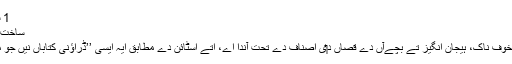
1 ساخت تے صنف
ساخت تے صنف[لکھو]
گوزبمپس سلسلہ خوف ناک، ہیجان انگیز تے بچّےآں دے قّصاں د‏‏ی اصناف دے تحت آندا اے، اُتے اسٹائن دے مطابق ایہ ایسی ’’ڈراؤنی کتاباں نيں جو مزاحیہ وی نیں‘‘۔